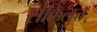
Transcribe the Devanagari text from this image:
सेक्किलुत्त